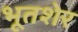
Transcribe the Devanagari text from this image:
भूतशेर